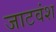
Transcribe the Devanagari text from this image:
जाटवंश